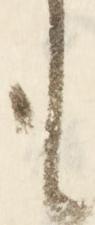
も